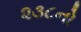
૨૩૮નો